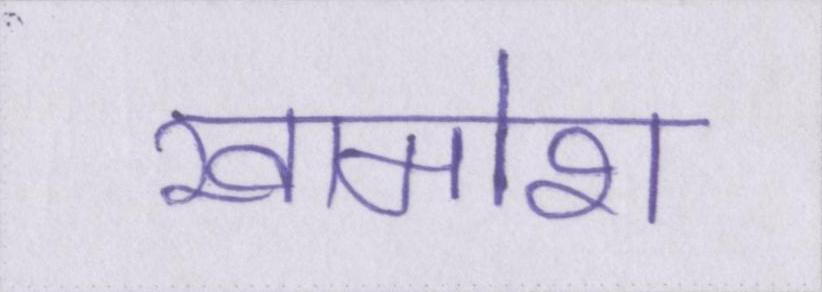
खामोश